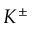
K ^ { \pm }